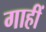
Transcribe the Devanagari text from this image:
गाहीं